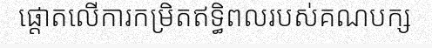
ផ្តោតលើការកម្រិតឥទ្ធិពលរបស់គណបក្ស